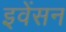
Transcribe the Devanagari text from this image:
इवेंसन